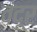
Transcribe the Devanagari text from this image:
वंदूर